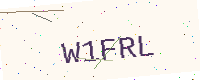
Text: W1FRL